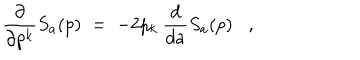
\frac { \partial } { \partial p ^ { k } } S _ { a } ( p ) \; = \; - 2 p _ { k } \: \frac { d } { d a } S _ { a } ( p ) ,